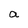
Character: a